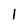
Character: 1